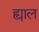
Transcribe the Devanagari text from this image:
ह्याल